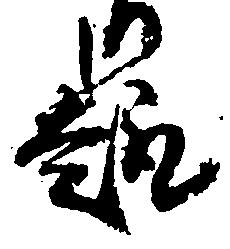
趣